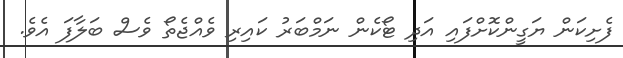
ފެށިކަން ޔަގީންކޮށްފައި އަދި ޓޯކެން ނަމްބަރު ކައިރި ވެއްޖެތޯ ވެސް ބަލާފަ އެވެ.